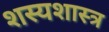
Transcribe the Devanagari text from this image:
शस्यशास्त्र